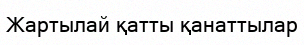
Жартылай қатты қанаттылар